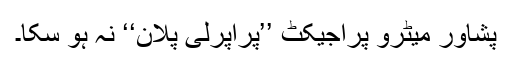
پشاور میٹرو پراجیکٹ ’’پراپرلی پلان‘‘ نہ ہو سکا۔